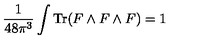
\frac { 1 } { 4 8 \pi ^ { 3 } } \int \mathrm { T r } ( F \wedge F \wedge F ) = 1